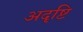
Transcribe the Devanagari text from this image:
अदृष्टि